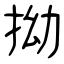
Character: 拗